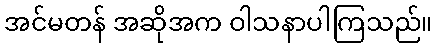
အင်မတန် အဆိုအက ဝါသနာပါကြသည်။